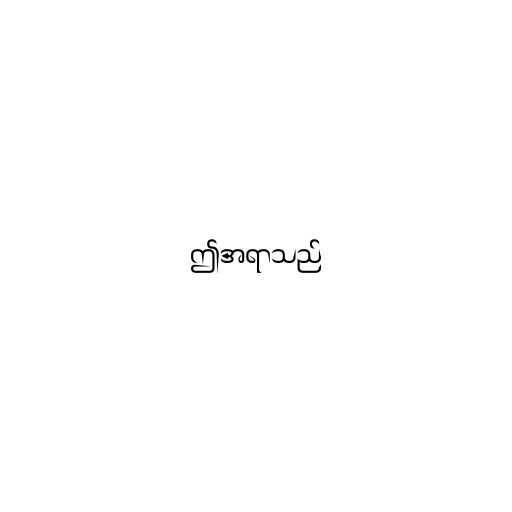
ဤအရာသည်